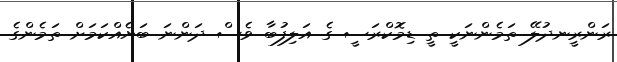
ރަންރީނދުލޭ ތަމެންނަކީ ތީ ޑިމޮކްރަސީ ގެ އަލިފުބާ ވެސް ދަންނަ ބަޔެއްކަމަށް ތަމެންގެ